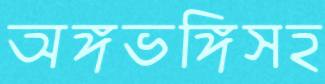
অঙ্গভঙ্গিসহ